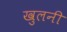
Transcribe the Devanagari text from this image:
खुलनी